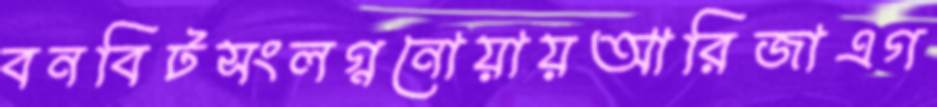
বনবিটসংলগ্ননোয়ায়আরিজাএগ